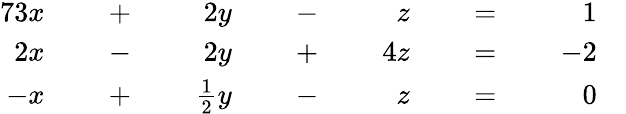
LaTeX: {\begin{array}{rlrlrlrlrlrlrl}{{7}3x}&{}&{\; +\; }&{}&{2y}&{}&{\; -\; }&{}&{z}&{}&{\; =\; }&{}&{1}&{}\\ {2x}&{}&{\; -\; }&{}&{2y}&{}&{\; +\; }&{}&{4z}&{}&{\; =\; }&{}&{-2}&{}\\ {-x}&{}&{\; +\; }&{}&{{\frac{1}{2}}y}&{}&{\; -\; }&{}&{z}&{}&{\; =\; }&{}&{0}&{}\end{array}}